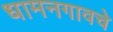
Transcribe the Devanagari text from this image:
धामनगावचे